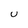
Character: U